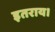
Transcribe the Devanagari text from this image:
इतराय।